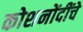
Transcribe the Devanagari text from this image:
कोशनोंदींचे